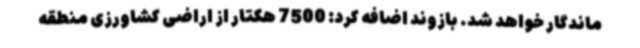
ماندگار خواهد شد. بازوند اضافه کرد: 7500 هکتار از اراضی کشاورزی منطقه